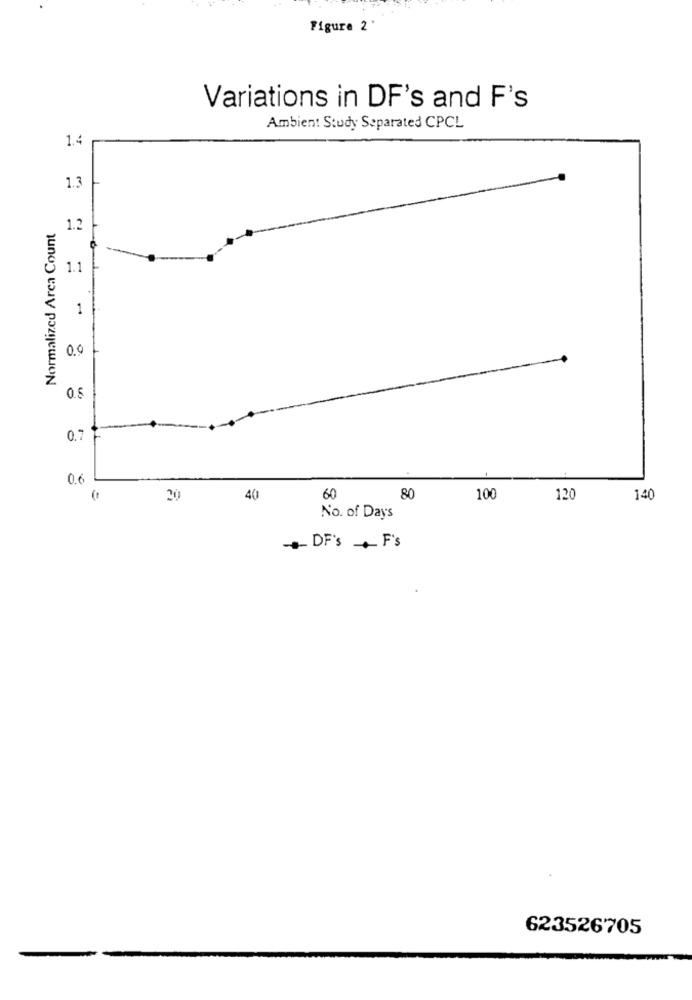
Figure 2'
Variations in DF's and F's
Ambient Study Separated CPCL
1.4
1.3
Normalized Arca Count
1.2
1.1
1
0.0
0.8
0.7-
0.6
20
40
60
80
100
120
140
No. of Days
DF's F's
623526705